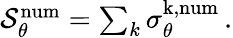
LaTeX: \begin{array}{r}{\mathcal{S}_{\theta}^{\mathrm{num}}=\sum_{k}\sigma_{\theta}^{\mathrm{k,num}}\, .}\end{array}